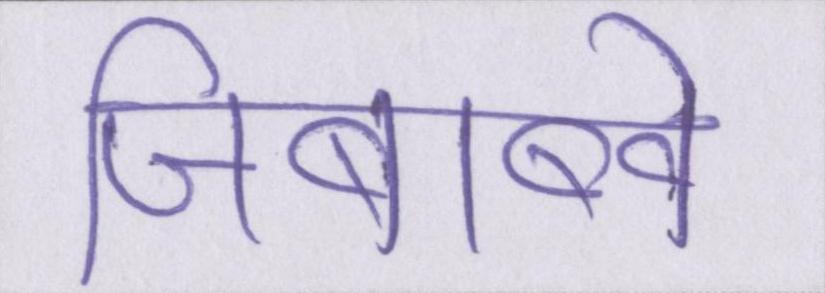
जिंबाब्वे